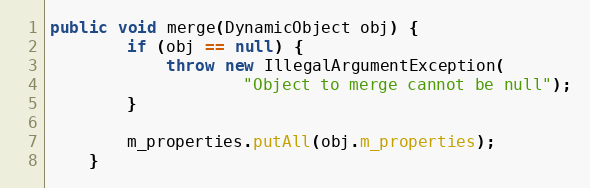
Language: Java
public void merge(DynamicObject obj) {
        if (obj == null) {
            throw new IllegalArgumentException(
                    "Object to merge cannot be null");
        }

        m_properties.putAll(obj.m_properties);
    }